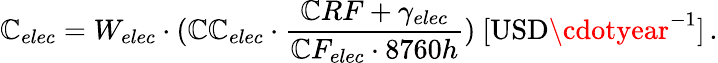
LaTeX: \mathbb{C}_{elec}=W_{elec}\cdot(\mathbb{C}\mathbb{C}_{elec}\cdot\frac{{\mathbb{C}RF+\gamma_{elec}}}{{\mathbb{C}F_{elec}\cdot8760h}})\ [\mathrm{{USD}}\cdotyear^{-1}]\, .